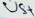
Text: V5+